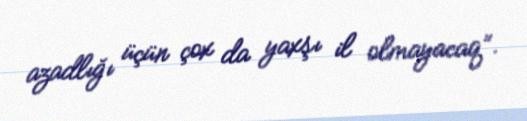
azadlığı üçün çox da yaxşı il olmayacaq”.